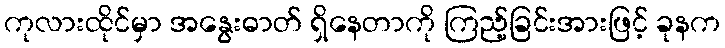
ကုလားထိုင်မှာ အနွေးဓာတ် ရှိနေတာကို ကြည့်ခြင်းအားဖြင့် ခုနက